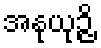
အနုယုဉ္ဇိ